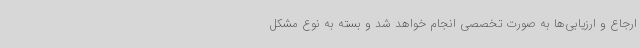
ارجاع و ارزیابی‌ها به صورت تخصصی انجام خواهد شد و بسته به نوع مشکل